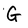
Character: G